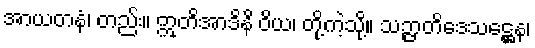
အာယတနံ၊ တည်း။ ဣတိအာဒိနိ ဝိယ၊ တို့ကဲ့သို့။ သဉ္ဇာတိဒေသဋ္ဌေန၊